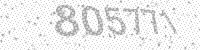
Solution: 805771